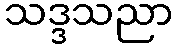
သဒ္ဒသညာ